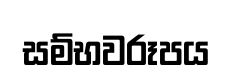
සම්භවරූපය